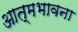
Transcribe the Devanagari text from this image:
आत्मभावना